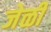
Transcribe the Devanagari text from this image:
जेळी